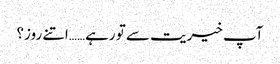
آپ خیریت سے تو رہے……اتنے روز؟